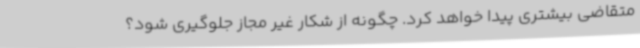
متقاضی بیشتری پیدا خواهد کرد. چگونه از شکار غیر مجاز جلوگیری شود؟